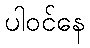
ပါဝင်နေ